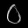
Digit: ၀